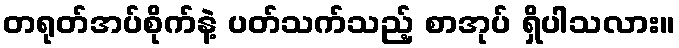
တရုတ်အပ်စိုက်နဲ့ ပတ်သက်သည့် စာအုပ် ရှိပါသလား။